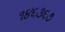
૧૪૬૩૬૭